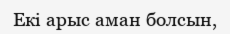
Екі арыс аман болсын,